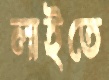
লাইতে